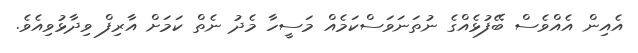
އެއިން އެއްވެސް ބޭފުޅެއްގެ ނުތަނަވަސްކަމެއް މަސީހާ މެދު ނެތް ކަމަށް އާރިފް ވިދާޅުވިއެވެ.